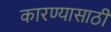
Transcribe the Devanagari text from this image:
कारण्यासाठी